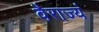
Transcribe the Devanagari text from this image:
वैराज्यं